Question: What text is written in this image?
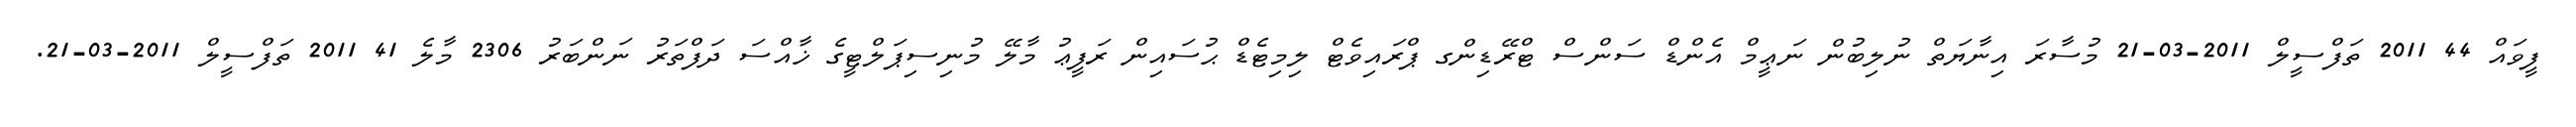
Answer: ފީވައް 44 2011 ތަފްސީލް 2011-03-21 މުސާރަ އިނާޔަތް ނުލިބުން ނަޢީމް އެންޑް ސަންސް ޓްރޭޑިންގ ޕްރައިވެޓް ލިމިޓެޑް ޙުސައިން ރަފީޢު މާލޭ މުނިސިޕަލްޓީގެ ޚާއްސަ ދަފްތަރު ނަންބަރު 2306 މާލެ 41 2011 ތަފްސީލް 2011-03-21.